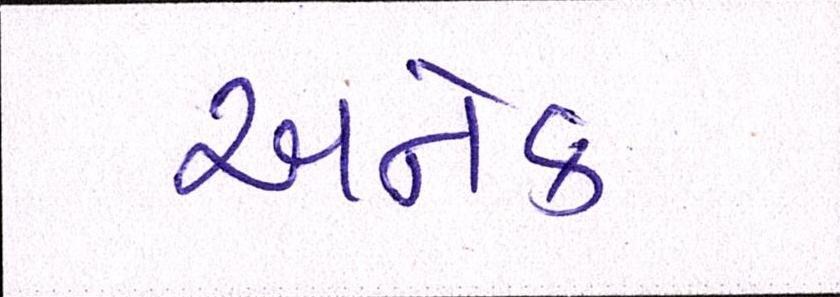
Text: અનેક